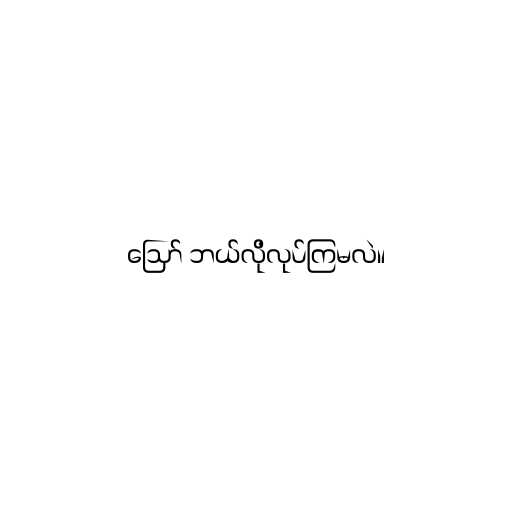
ဪ ဘယ်လိုလုပ်ကြမလဲ။